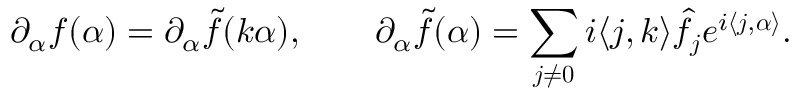
\partial _ { \alpha } f ( \alpha ) = \partial _ { \alpha } \tilde { f } ( \boldsymbol k \alpha ) , \qquad \partial _ { \alpha } \tilde { f } ( \boldsymbol \alpha ) = \sum _ { \boldsymbol j \neq \boldsymbol 0 } i \langle \boldsymbol j , \boldsymbol k \rangle \hat { f } _ { \boldsymbol j } e ^ { i \langle \boldsymbol j , \boldsymbol \alpha \rangle } .